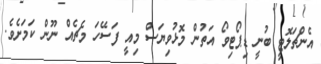
އެންޗަލޮޓީ ބުނީ ޑިޕޯޓިވޯ އަތުން މޮޅުވިޔަސް މިއީ ފަސޭހަ މެޗެއް ނޫން ކަމަށެވެ.